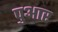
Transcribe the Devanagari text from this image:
पुआर